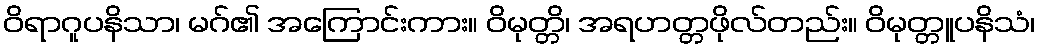
ဝိရာဂူပနိသာ၊ မဂ်၏ အကြောင်းကား။ ဝိမုတ္တိ၊ အရဟတ္တဖိုလ်တည်း။ ဝိမုတ္တူပနိသံ၊